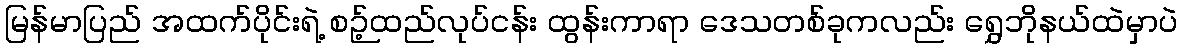
မြန်မာပြည် အထက်ပိုင်းရဲ့ စဉ့်ထည်လုပ်ငန်း ထွန်းကာရာ ဒေသတစ်ခုကလည်း ရွှေဘိုနယ်ထဲမှာပဲ